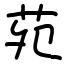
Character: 苑